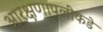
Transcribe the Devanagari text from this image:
आरक्षणापलीकडे